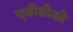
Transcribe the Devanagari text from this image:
एजीसीओ